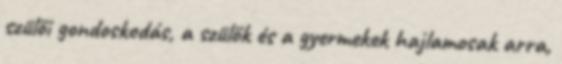
szülői gondoskodás, a szülők és a gyermekek hajlamosak arra,